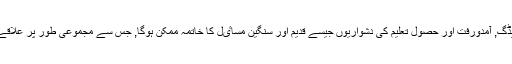
اِس کے ساتھ ہی بے روزگاری, لوڈشیڈگ, آمدورفت اور حصولِ تعلیم کی دشواریوں جیسے قدیم اور سنگین مساٸل کا خاتمہ ممکن ہوگا, جس سے مجموعی طور پر علاقے کی بہبودی اور خوشحالی وابستہ ہے۔